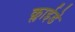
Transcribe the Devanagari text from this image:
क्लाईडे